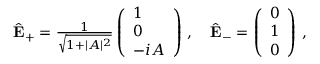
\begin{array} { r } { \hat { \bf { E } } _ { + } = \frac { 1 } { \sqrt { 1 + | A | ^ { 2 } } } \left( \begin{array} { l } { 1 } \\ { 0 } \\ { - i A } \end{array} \right) \, , \quad \hat { \bf { E } } _ { - } = \left( \begin{array} { l } { 0 } \\ { 1 } \\ { 0 } \end{array} \right) \, , } \end{array}